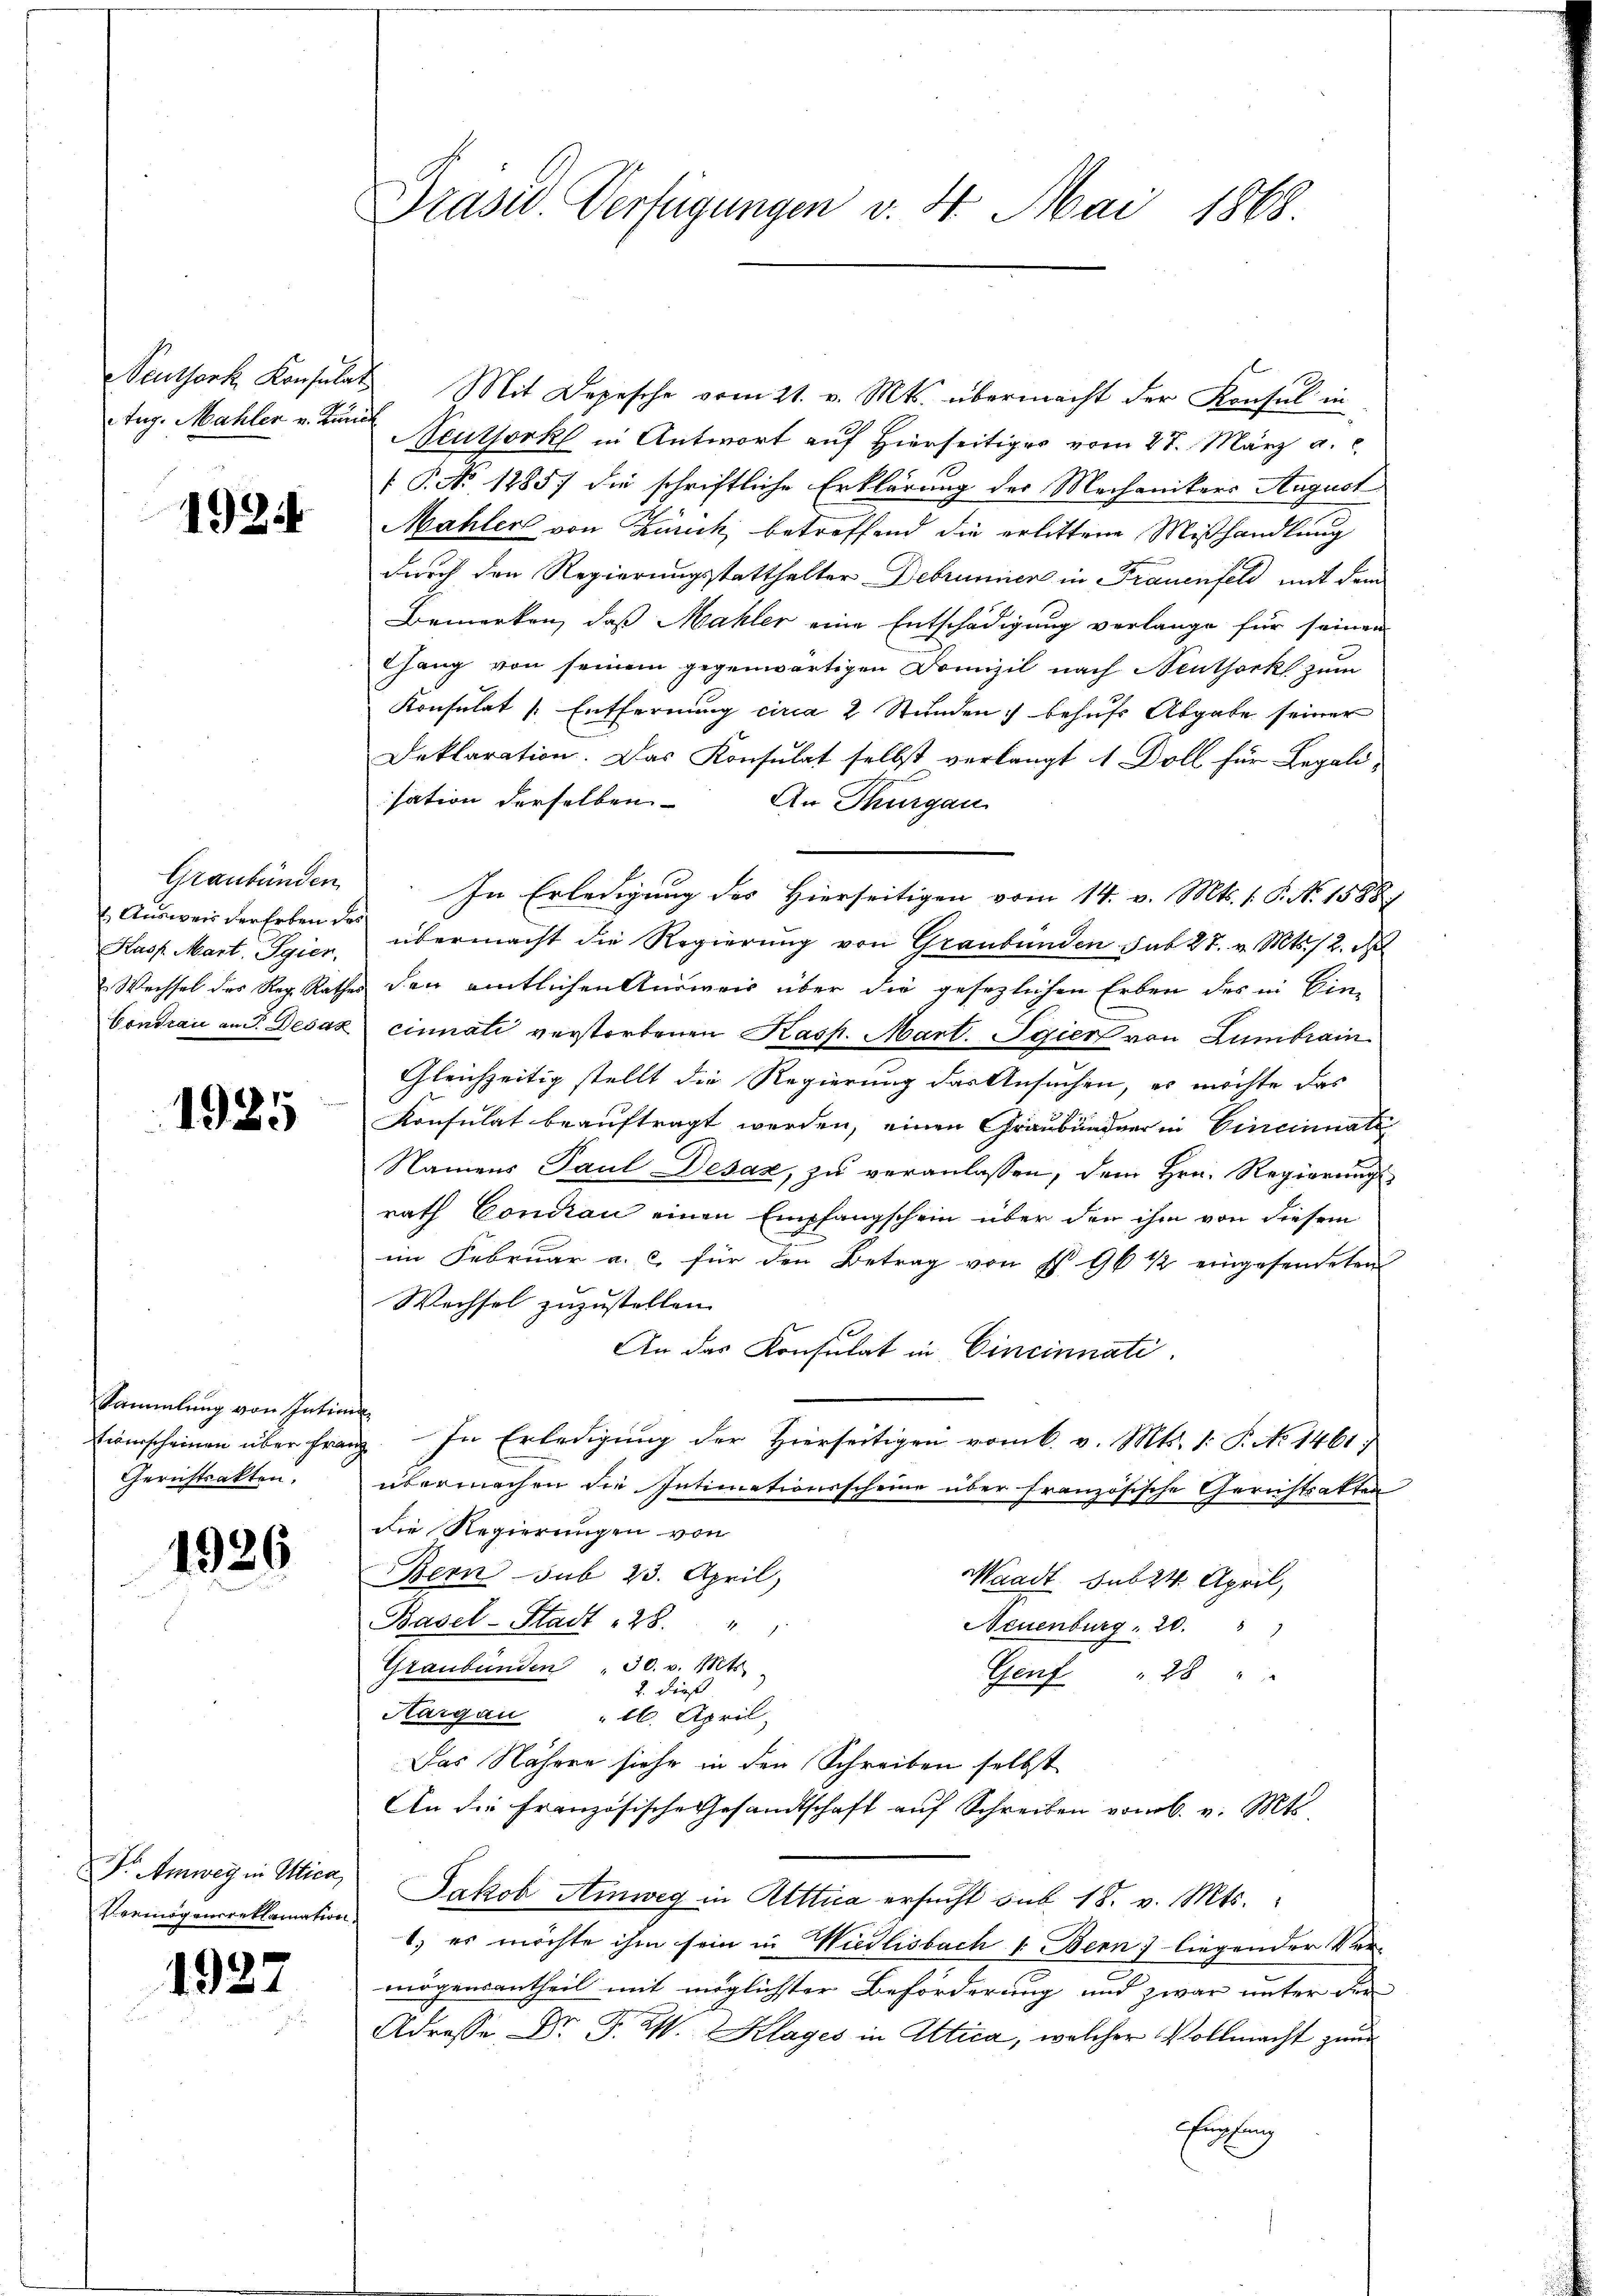
Zug. Mahler v. Kundl

1924

Graubünden
Kasp. Mart. Sgier

1925

Sammlung von Intime
Gerichtsakten.

1926

Dr Umweg in Wien,
Vermögensreklamation

1927

Präsid. Verfügungen v. 4. Mai 1868.

Neuthork Konsulat Mit Depesche vom 21. v. Mts. übermacht der Konsul in
Neuthork in Antwort auf Hierseitiges vom 27. März a. c.
 P. No 1885) die schriftliche Erklärung der Mechanikers August
Mahler von Zürich, betreffend die erlittene Mißhandlung
durch den Regierungsstatthalter Debrunner in Frauenfeld mit dem
Bemerken, daß Mahler eine Entschädigung verlange für seinen
Gang von seinem gegenwärtigen Domizil nach Neuthork zum
Konsulat /: Entfernung circa 2 Stunden behufs Abgabe seiner
Deklaration. Das Konsulat selbst verlangt 1 Doll für Legali-
sation derselben
An Thurgau
In Erledigung des Hierseitigen vom 14. v. Mts. 1. P. N. 1588)
 Ausweis der Erben des übermacht die Regierung von Graubünden sub 27. v. Mts. 12. d
Wechsel des Reg. Rathes der amtlichen Ausweis über die gesezlichen Erben des in Ein-
Contrau an Sr. Desaz cinnati verstorbenen Kasp. Mart. Igier von Lumbrain
Gleichzeitig stellt die Regierung der Ansuchen, es möchte das
Konsulat beauftragt werden, einen Graubündner in Cincinnate
Namens Paul Desaz, zu veranlassen, dem Hrn. Regierung
rath Concian einen Empfangschein über den ihm von diesem
im Februar a. c. für den Betrag von § 96 1/2 eingesendeten
Wechsel zuzustellen.
An das Konsulat in Cincinnati
Einscheinen über Franz. In Erledigung der Hierseitigen vom 6. v. Mts. 1: P. No 1461.
übermachen die Intimationsscheine über französische Gerichtsatten
die Regierungen von
Bern sub 23. April
Waadt sub 24. April,
Basel-Stadt 128. " "
Neuenburg, 20.
Graubünden " 30. v. Mts
Genf " 28 "
Hargau " 16. April,
Das Nähere siehe in den Schreiben selbst
An die Französische Gesandtschaft auf Schreiben vom 6. v. Mts.
Jakob Amweg in Attica ersucht sub. 18. v. Mts.
1.) es möchte ihm sein in Wiedlisbach 1. Bern) liegender Ver-
mögensantheil mit möglichster Beförderung und zwar unter der
Adresse Dr. F. W. Klages in Attica, welcher Vollmacht zum
Empfang